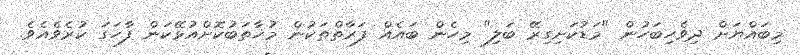
މިބައްޔަށް ދިވެހިބަހުން "މަޑުކަށިގިރޭ ބަލި" މިހެން ބައެއް ފަރާތްތަކުން މުޚާތަބުކޮށްއުޅޭކަން ފާހަގަ ކުރެވެއެވެ.